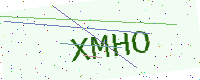
Text: XMHO